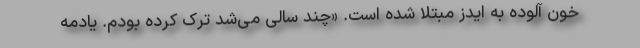
خون آلوده به ایدز مبتلا شده است. «چند سالی می‌شد ترک کرده بودم. یادمه